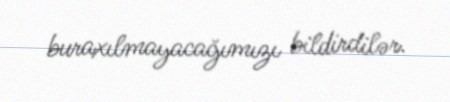
buraxılmayacağımızı bildirdilər.